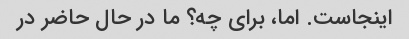
اینجاست. اما، برای چه؟ ما در حال حاضر در